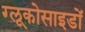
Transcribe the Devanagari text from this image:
ग्लूकोसाइडों